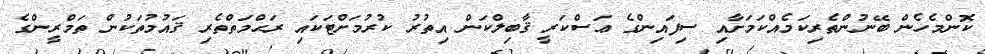
ކޮންމެހެން ބޭނުންތެރިކަމެއްކަމަށާއި ސިފައިންގެ ޢަސްކަރީ ޤާބިލްކަން އިތުރު ކުރުމަށްޓަކައި ރަޙްމަތްތެރި ޤައުމުތަކުން ތަމްރީންގެ